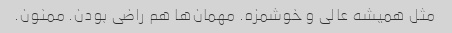
مثل همیشه عالی و خوشمزه. مهمان‌ها هم راضی بودن. ممنون.